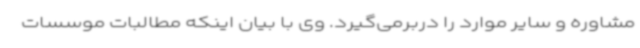
مشاوره و سایر موارد را دربرمی‌گیرد. وی با بیان اینکه مطالبات موسسات